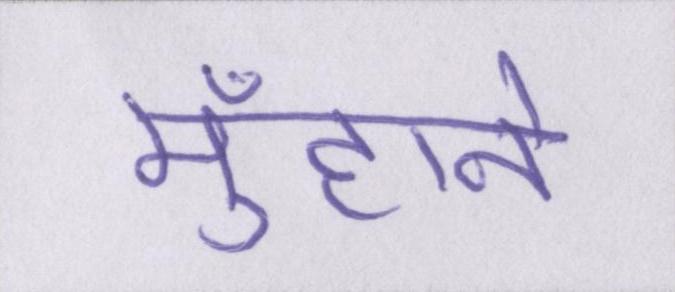
मुँहाने